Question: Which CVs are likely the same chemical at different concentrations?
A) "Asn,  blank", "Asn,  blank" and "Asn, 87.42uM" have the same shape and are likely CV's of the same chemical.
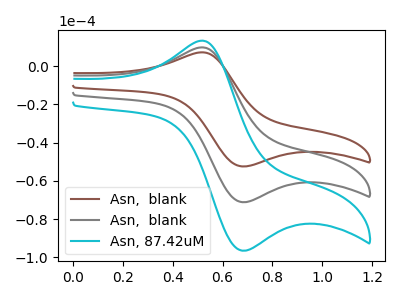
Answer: <think>The brown curve "Asn,  blank" has an anodic peak at (0.50V, 7.25uA) and a cathodic peak at (0.70V, -52.40uA). The gray curve "Asn,  blank" has an anodic peak at (0.50V, 9.80uA) and a cathodic peak at (0.70V, -71.05uA). The cyan curve "Asn, 87.42uM" has an anodic peak at (0.50V, 19.60uA) and a cathodic peak at (0.70V, -142.15uA).
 All the peaks in "Asn,  blank" have a peak in "Asn,  blank" at the same potential. Every peak in "Asn,  blank" is lower than every peak in "Asn,  blank". All the peaks in "Asn,  blank" have a peak in "Asn, 87.42uM" at the same potential. Every peak in "Asn,  blank" is lower than every peak in "Asn, 87.42uM". All the peaks in "Asn,  blank" have a peak in "Asn, 87.42uM" at the same potential. Every peak in "Asn,  blank" is lower than every peak in "Asn, 87.42uM".</think>
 <answer>A) "Asn,  blank", "Asn,  blank" and "Asn, 87.42uM" have the same shape and are likely CV's of the same chemical.</answer>
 <eval>A</eval>